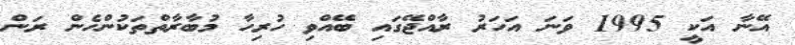
އޭނާ އަކީ 1995 ވަނަ އަހަރު ރާއްޖޭގައި ބޭއްވި ހުރިހާ މުބާރާތްތަކުންހެން ރަން